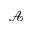
\mathcal { A }